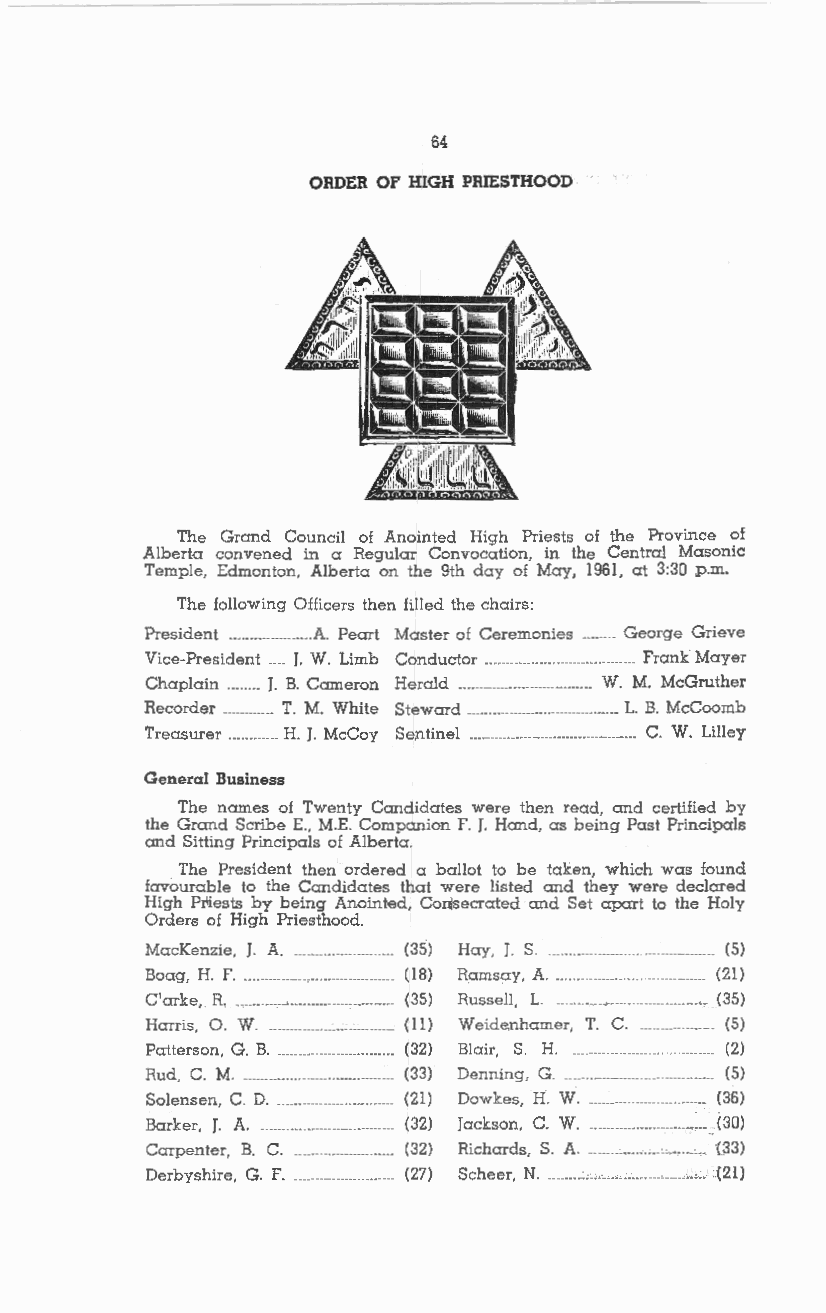
64
 ORDER OF HIGH PRIESTHOOD
 The Grand Council of Anointed High Priests of the Province of
 Alberta convened in a Regular Convocation, in the Central Masonic
 Temple, Edmonton, Alberta on the 9th day of May, 1961, at 3:30 p.m.
 The following Officers then filled the chairs:
 President .................... A. Peart Master of Ceremonies George Grieve
 Vice-President ____ J. W. Limb Conductor .................................... Frank Mayer
 Chaplain ........ J. B. Cameron Herald ·····--·-······················· W. M. McGruther
 Recorder ............ T. M. White Steward .................................... L. B. McCoomb
 Treasurer ............ H. J. McCoy Sentinel ........................................ C. W. Lilley
 General Business
 The names of Twenty Candidates were then read, =d certified by
 the Grand Scribe E., M.E. Comp=ion F. J. H=d, as being Past Principals
 and Sitting Principals of Alberta.
 The President then ordered a ballot to be taken, which was found
 favourable to the Candidates that were listed and they were declared
 High Priests by being Anointed, Conisecrated =d Set apart to the Holy
 Orders of High Priesthood.
 MacKenzie, J_ A_ ----··-·----······ (3S) Hay, J. S. _________________ --------------··-····· (5)
 Boag, H. F. ··----------· ·······-·········---- (18) Ramsay, A ................ ------····-········· (21)
 C'arke, R. -----································· (35) Russell, L. (35)
 Harris, 0. W. __ ···------------······-····· (11) Weide,nhamer, T. C. .... (5)
 Patterson, G. B. -·-····-··-···········-····· (32) Blair, S. H. ···-····----·--·· _______________ (2)
 Rud, C. M. ··--····-····------·········-·-····· (33) Denning, G. ----··-··········-··-·· ............ (5)
 Solensen, C. D . ........ ··········--·-····· (21) Dowkes, H. W ............................. (36)
 Barker, J. A. ·-·····-··-· ---·············-·· (32) Jackson, C. W. ······················-----)30)
 Carpenter, B. C. (32) Richards, S. A. ···········-······--·····'·· G33)
 Derbyshire, G. F . ........................ (27) Scheer, N .........: , ......................... -. ..( 21)